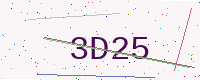
Text: 3D25